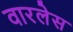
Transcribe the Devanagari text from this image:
वारलेस